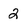
Character: 2